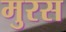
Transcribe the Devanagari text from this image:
मुरस